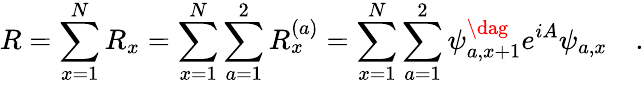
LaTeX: R=\sum_{x=1}^{N}R_{x}=\sum_{x=1}^{N}\sum_{a=1}^{2}R_{x}^{(a)}=\sum_{x=1}^{N}\sum_{a=1}^{2}\psi_{a,x+1}^{\dag}e^{iA}\psi_{a,x}\quad.